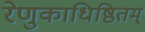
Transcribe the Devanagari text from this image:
रेणुकाधिष्ठितम्‌